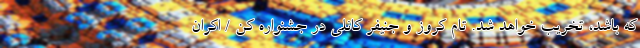
که باشد، تخریب خواهد شد. تام کروز و جنیفر کانلی در جشنواره کن / اکرانِ